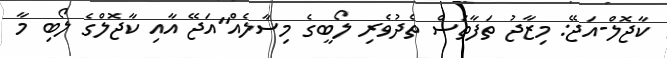
ކާޖޮލް-އަޖޭ: މިޒާޖު ތަފާތަސް ތެދުވެރި ލޯބީގެ މިސާލެއް"އަޖޭ އާއި ކާޖޮލްގެ ލޯބި މާ